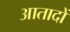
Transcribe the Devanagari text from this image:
आतादों